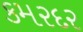
કમરદર